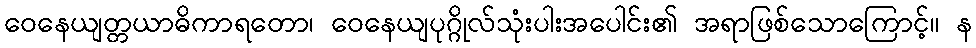
ဝေနေယျတ္တယာဓိကာရတော၊ ဝေနေယျပုဂ္ဂိုလ်သုံးပါးအပေါင်း၏ အရာဖြစ်သောကြောင့်။ န